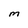
Character: M